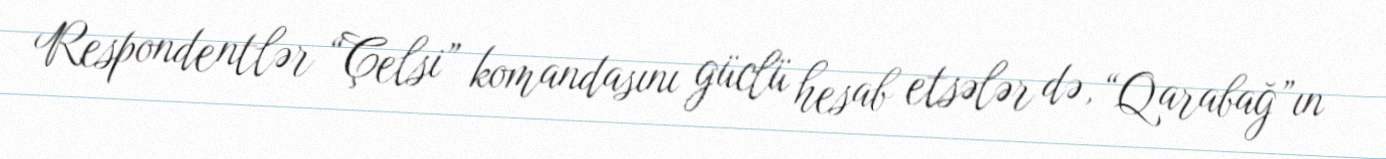
Respondentlər “Çelsi” komandasını güclü hesab etsələr də, “Qarabağ”ın